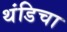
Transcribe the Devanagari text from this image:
थंडिचा